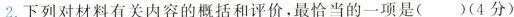
2.下列对材料有关内容的概括和评价,最恰当的一项是( )(4 分)